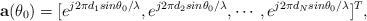
LaTeX: \begin{align*}\mathbf{a}(\theta_{0})=[e^{j2\pi d_{1}{sin}\theta_0/\lambda}, e^{j2\pi d_{2}{sin} \theta_0/\lambda}, \cdots, e^{j2\pi d_{N}{sin}\theta_0/\lambda}]^{T},\end{align*}